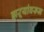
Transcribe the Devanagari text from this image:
झऱ्यांवरून